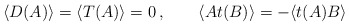
\begin{align*}\langle D (A)\rangle =\langle T (A)\rangle =0\,,\qquad\langle At (B)\rangle =-\langle t (A) B\rangle\end{align*}